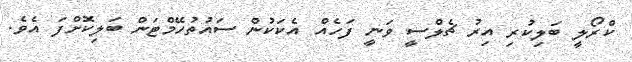
ކްރޯލީ ބަލިކުރި އިރު ޗެލްސީ ވަނީ ފަހެއް އެކަކުން ސައުތުހޭމްޓަން ބަލިކޮށްފަ އެވެ.